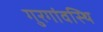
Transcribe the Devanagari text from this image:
गुरगांवस्थि